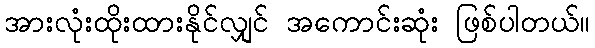
အားလုံးထိုးထားနိုင်လျှင် အကောင်းဆုံး ဖြစ်ပါတယ်။